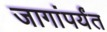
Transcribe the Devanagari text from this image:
जागांपर्यंत